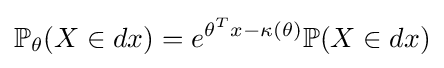
\mathbb {P} _{\theta }(X\in dx)=e^{\theta ^{T}x-\kappa (\theta )}\mathbb {P} (X\in dx)